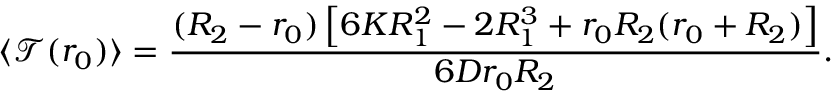
\langle \mathcal { T } ( r _ { 0 } ) \rangle = \frac { ( R _ { 2 } - r _ { 0 } ) \left[ 6 K R _ { 1 } ^ { 2 } - 2 R _ { 1 } ^ { 3 } + r _ { 0 } R _ { 2 } ( r _ { 0 } + R _ { 2 } ) \right] } { 6 D r _ { 0 } R _ { 2 } } .